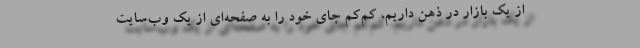
از یک بازار در ذهن داریم، کم‌کم جای خود را به صفحه‌ای از یک وب‌سایت